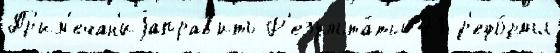
Пр'им'ечан'иjаправ'ить Р'езульта́ты 41 р'ефо́рмы